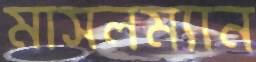
মাসলম্যান